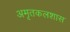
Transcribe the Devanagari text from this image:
अमृतकलशास